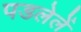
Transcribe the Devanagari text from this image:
पडलेलें